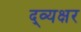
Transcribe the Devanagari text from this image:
द्व्यक्षर